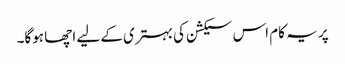
پر یہ کام اس سیکشن کی بہتری کے لیے اچھا ہوگا۔